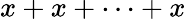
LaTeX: x+x+\cdots+x